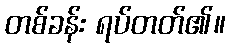
တစ်ခန်း ရပ်တတ်၏။